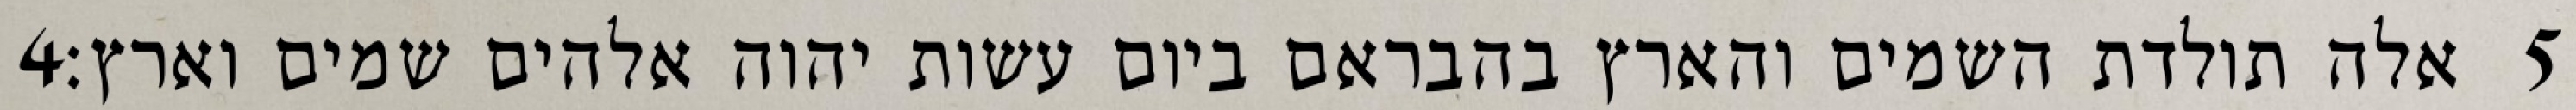
‎4‏ אלה תולדת השמים והארץ בהבראם ביום עשות יהוה אלהים שמים וארץ׃ ‎5‏